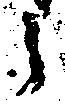
候